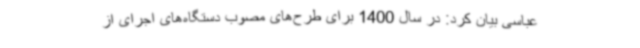
عباسی بیان کرد: در سال 1400 برای طرح‌های مصوب دستگاه‌های اجرای از